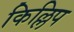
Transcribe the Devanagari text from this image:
किल्लिप